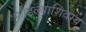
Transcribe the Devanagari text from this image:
फोडल्याशिवाय